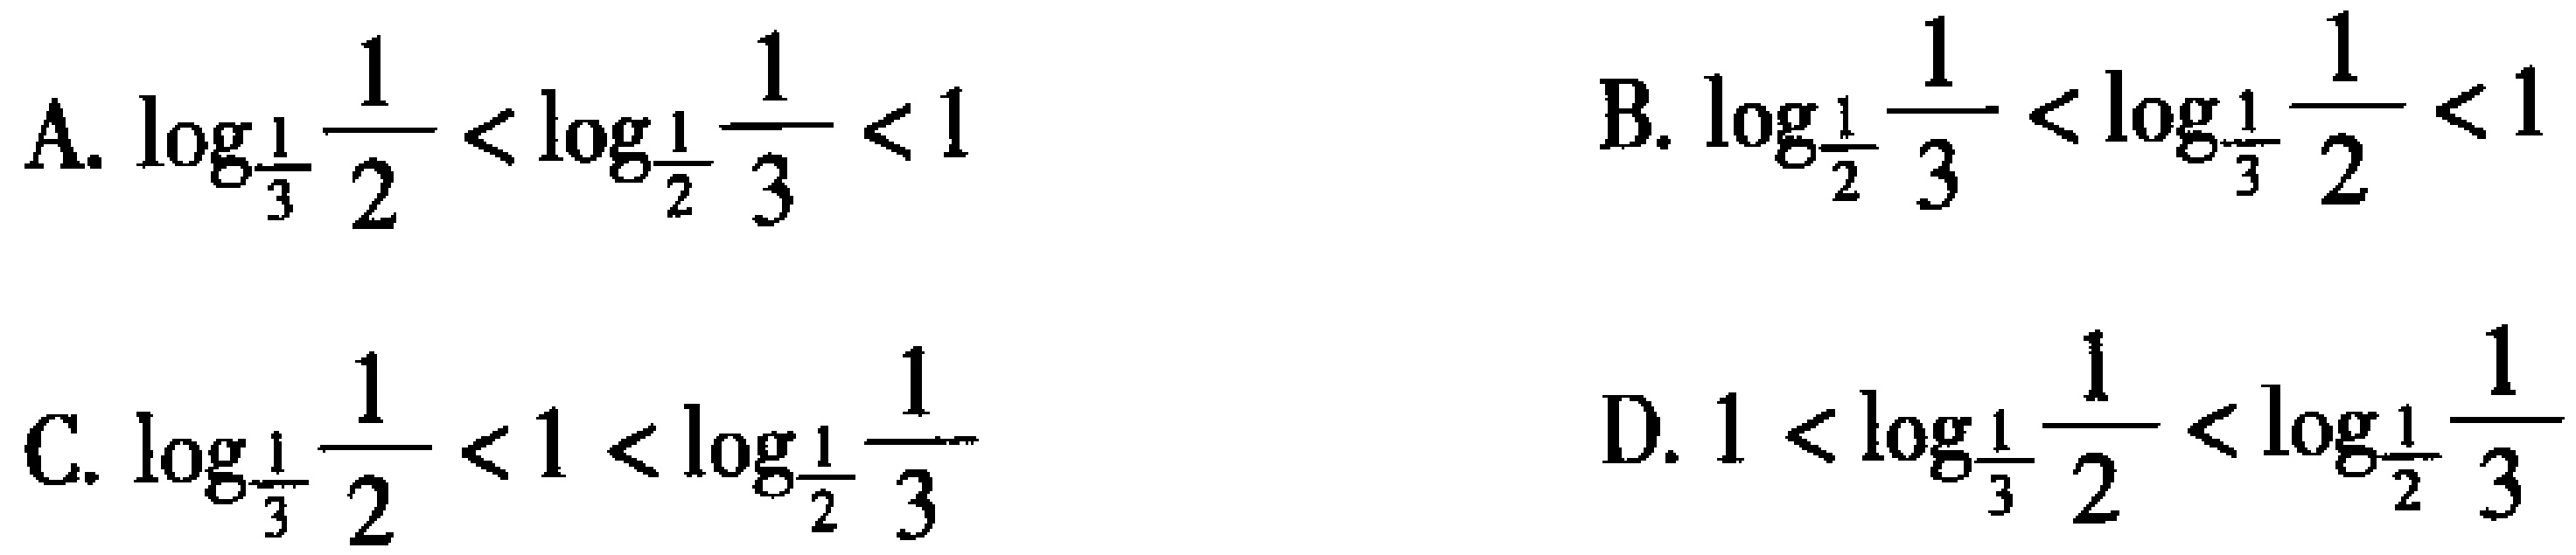
A. \(\log_{\frac{1}{3}}\frac{1}{2}<\log_{\frac{1}{2}}\frac{1}{3}<1\)
B. \(\log_{\frac{1}{2}}\frac{1}{3}<\log_{\frac{1}{3}}\frac{1}{2}<1\)
C. \(\log_{\frac{1}{3}}\frac{1}{2}<1<\log_{\frac{1}{2}}\frac{1}{3}\)
D. \(1<\log_{\frac{1}{3}}\frac{1}{2}<\log_{\frac{1}{2}}\frac{1}{3}\)